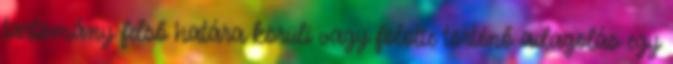
tartomány felső határa körüli vagy fölötte történő adagolás egy